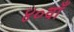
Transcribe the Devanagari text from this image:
४०वाँ